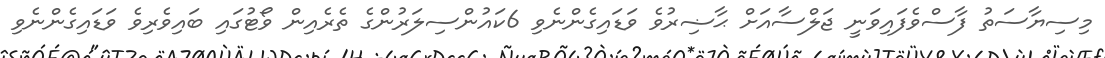
މިސިޔާސަތު ފާސްވެފައިވަނީ ޖަލްސާއަށް ޙާޟިރުވެ ވަޑައިގެންނެވި 6ކައުންސިލަރުންގެ ތެރެއިން ވޯޓުގައި ބައިވެރިވެ ވަޑައިގެންނެވި